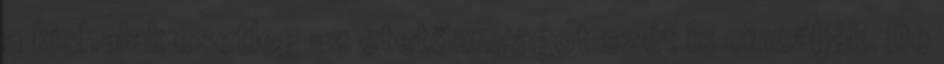
a kishalak esetleg az etetőanyagot szét is cincálják. De